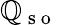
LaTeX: \boldsymbol{\mathbb{Q}}_{\mathrm{{~s~o~}}}